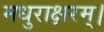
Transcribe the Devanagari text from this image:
मधुराक्षरम्‌।